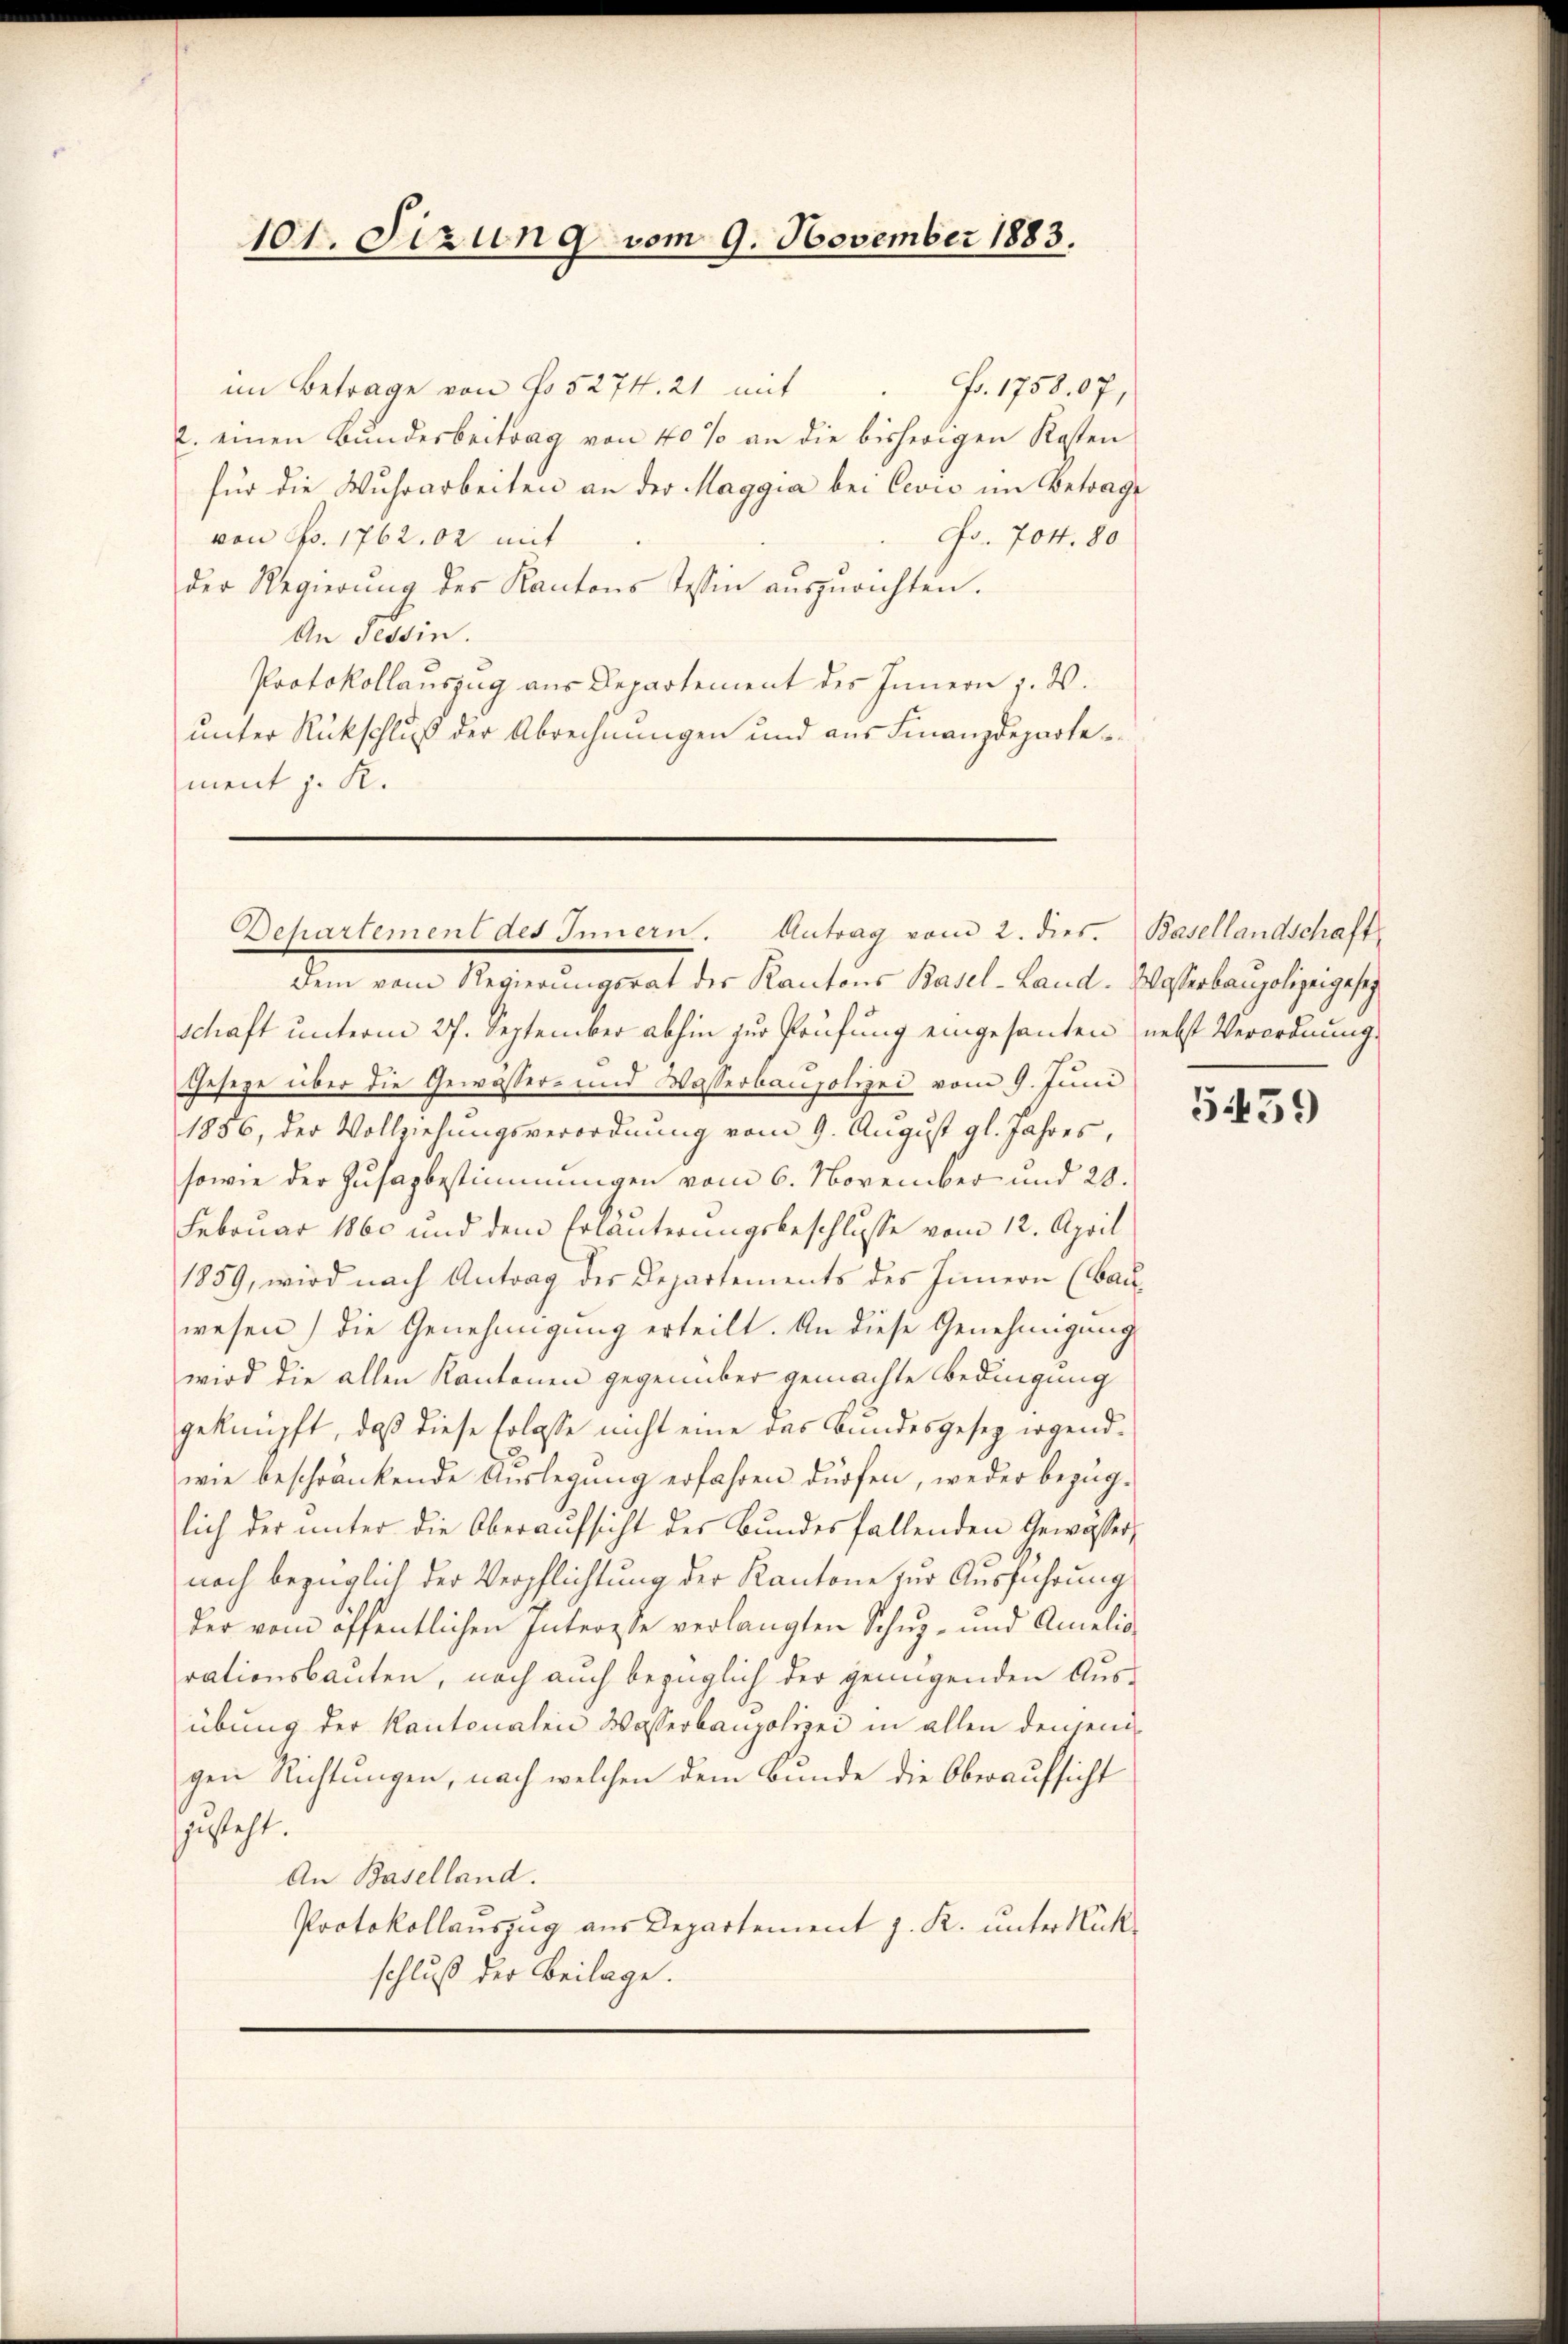
101. Sizung vom 9. November 1883.

im Betrage von No 5274. 21 mit
F. 1758. 67,
2. einen Bundesbeitrag von 40% an die bisherigen Kosten
für die Wuhrarbeiten an der Maggia bei Cević im Betrage
Fo. 704. 80
von Fr. 1762. 62 mit
der Regierung der Kantons Tessin auszurichten.
An Tessin.
Protokollauszug aus Departement des Innern j. W.
unter Rückschluß der Abrechnungen und aus Finanzdeparte
ment J. R.

Departement des Innern. Antrag vom 2. dies. Basellandschaft

dem vom Regierungsrat der Kantons Basel-Land. Wasserbaupolizeigeset
schaft unterm 27. September abhin zur Prüfung eingesanten nebst Verordnung
Fesige über die Gewässer- und Wasserbaupolizei vom 9. Juni
1856, der Vollziehungsverordnung vom 9. August gl. Jahres,
sowie der Zusazbestimmungen vom 6. November und 20.
Februar 1860 und dem Erläuterungsbeschlusse vom 12. April
1859, wird nach Antrag des Departements des Innern (Bau
wesen) die Genehmigung erteilt. An diese Genehmigung
wird die allen Kantonen gegenüber gemachte Bedingung
geknüpft, daß diese Erlasse nicht eine das Bundesgesez irgendwie beschränkende Auslegung erfahren dürfen, weder bezüglich der unter die Oberaufsicht des Bundesfallenden Gewässer,
noch bezüglich der Verpflichtung der Kantone zur Ausführung
der vom öffentlichen Intersse verlangten Schŭl- und Amelio-
rationsbauten, noch auch bezüglich der genügenden Ausübung der Kantonalen Wasserbaupolizei in allen denjenigen Richtungen, nach welchen dem Bunde die Oberaufsicht
gesteht.
An Baselland.
Protokollauszug aus Departement J. K. unter Rückschluß der Beilage.

5439